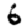
Digit: 6